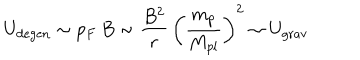
LaTeX: U _ { \mathrm { d e g e n } } \sim p _ { F } \, B \sim \frac { B ^ { 2 } } { r } \, \left( \frac { m _ { p } } { M _ { p l } } \right) ^ { 2 } \sim U _ { \mathrm { g r a v } }